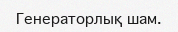
Генераторлық шам.